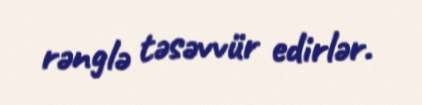
rənglə təsəvvür edirlər.